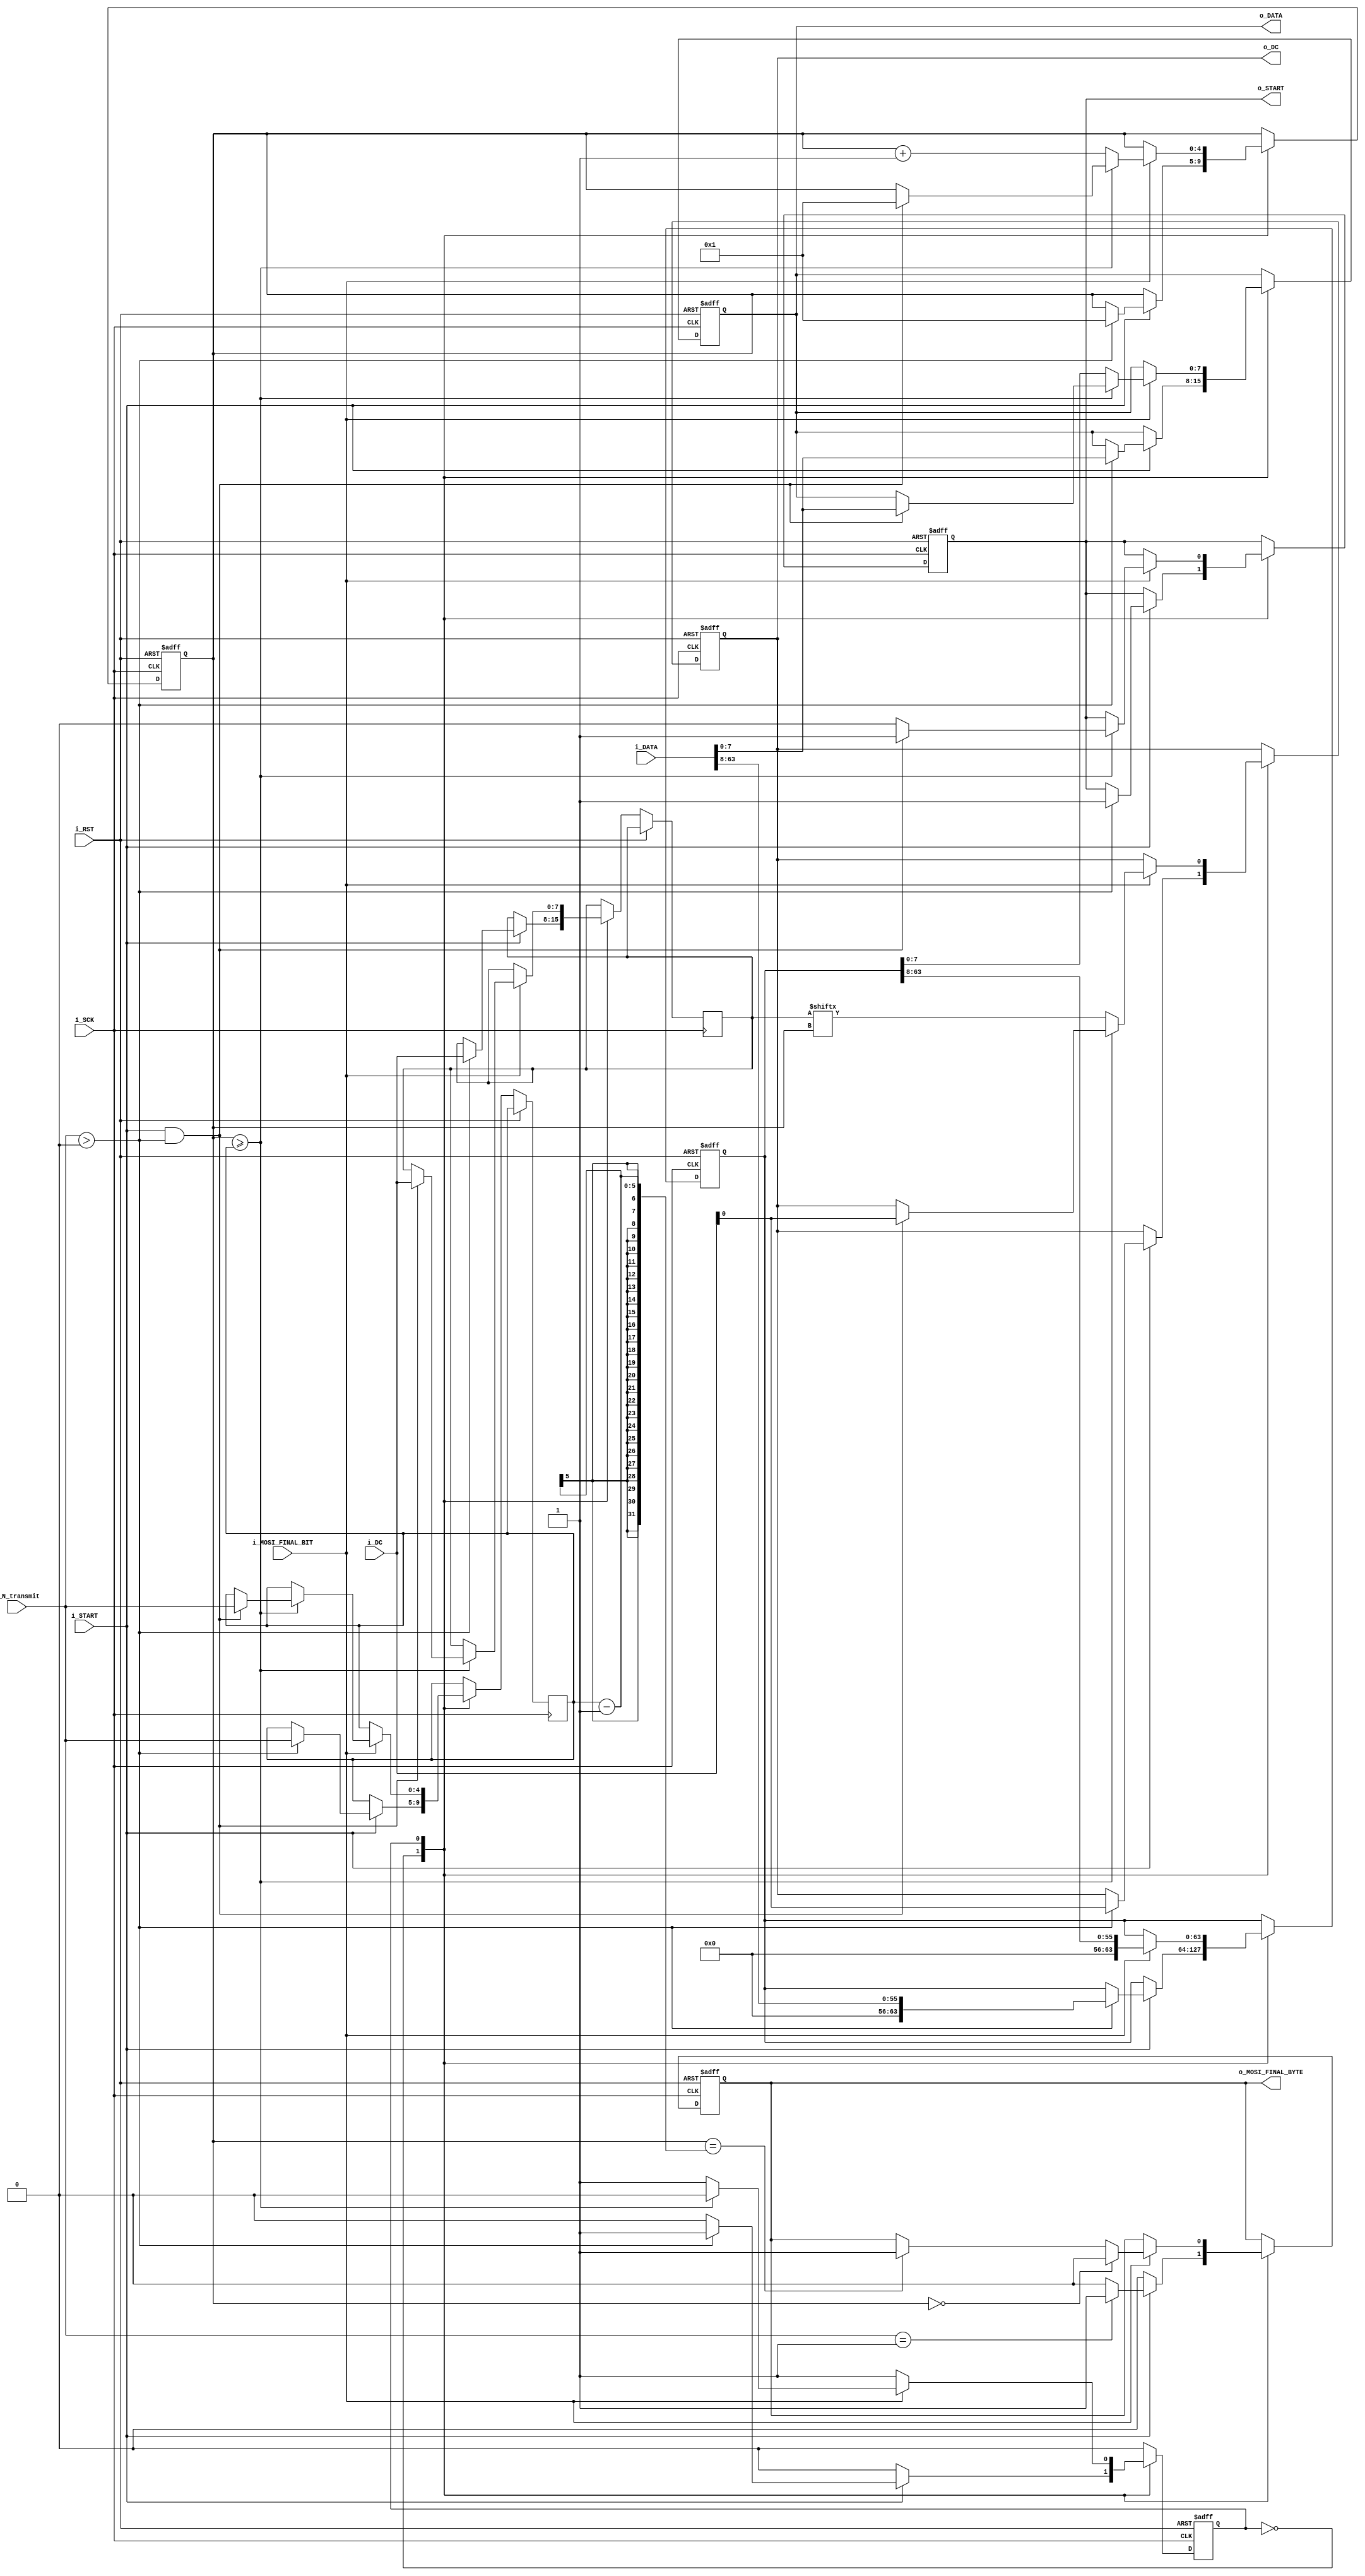
module Nbit_MOSI_SPI_Buffer (input i_SCK,
                             input i_RST,
                             input [(WIDTH*N)-1:0]i_DATA, //N sets of WIDTH bits to transfer
                             input [N-1:0] i_DC,               //DATA/COMMAND bit
                             input i_START,                    //initiate transmit on MOSI
                             input [4:0] i_N_transmit,         //# of N bytes to transmit
                             input i_MOSI_FINAL_BIT, //final bit going to be tx on bit MOSI
                             output reg [WIDTH-1:0] o_DATA,    //byte to send to SPI over MOSI
                             output reg o_START,               //When 1, send another byte over MOSI
                             output reg o_DC,                  //DATA/COMMAND bit for byte
                             output reg o_MOSI_FINAL_BYTE);      //asserted after last bit transmitted
    
    parameter WIDTH = 8; //# of serial bits to transmit over MOSI, loaded from i_DATA
    parameter N     = 8; //# of serial bits to transmit over MOSI, loaded from i_DATA
    
    localparam idle = 1'b0,
    transmit = 1'b1;
    
    reg s_state_reg;  //state register
    reg [(WIDTH*N)-1:0] s_data_reg;   //reg to store N bits to transfer over MOSI
    reg [4:0] s_N_transmit_reg; //count of how many bytes transmitted (up to 32, can increase if needed)
    reg [4:0] s_byte_reg; //count of how many bytes transmitted (up to 32, can increase if needed)
    reg [N-1:0] s_DC_reg; //
    
    reg s_MOSI_LSB; //holds LSB bit for crossover
    
    
    always @(posedge i_SCK, posedge i_RST)
        if (i_RST)
        begin
            s_state_reg     <= idle;
            s_data_reg      <= 0;
            s_byte_reg      <= 0; //may explode? how to reset properly?
            o_DATA          <= 0;
            o_START         <= 1'b0;
            o_DC            <= 1'b0;
            o_MOSI_FINAL_BYTE <= 1'b0;
        end
    
    else
    begin
    case(s_state_reg)
        idle:
        begin
            if(i_START == 1'b1)
            begin
                if (i_N_transmit == 1)
                    o_MOSI_FINAL_BYTE <= 1'b1;
                else
                    o_MOSI_FINAL_BYTE <= 1'b0;
                
                if (i_N_transmit > 0)
                begin
                    s_state_reg <= transmit;
                    
                    s_data_reg <= i_DATA >> 8; //load all bytes to internal reg
                    s_DC_reg   <= i_DC; //load all D/C commands to internal reg
                    
                    o_START <= 1'b1; //start transmitting bytes
                    o_DC    <= i_DC[0]; //first D/C control
                    o_DATA  <= i_DATA[WIDTH-1:0]; //first byte
                    
                    s_N_transmit_reg <= i_N_transmit;
                    s_byte_reg <= 1; //start at second MSB since loading up first byte

                end
            end
            else
                o_MOSI_FINAL_BYTE <= 1'b0;

        end
        transmit:
        begin            
            if (i_MOSI_FINAL_BIT == 1'b1) //if on second to last bit of byte in MOSI, update Nbit_MOSI_SP
            begin

                if (s_byte_reg == 0) //If transmitting first byte
                begin
                    o_MOSI_FINAL_BYTE <= 1'b0;
                end
                else if (s_byte_reg == s_N_transmit_reg - 1) //If transmitting last byte
                begin
                    o_MOSI_FINAL_BYTE <= 1'b1;
                end

                if(s_byte_reg >= s_N_transmit_reg) //If on last byte
                begin
                    if (i_START == 1'b1 && (i_N_transmit > 0)) //if transmitting another set of bytes, stay in state, reassign, reset counts
                    begin
                        s_state_reg <= idle;
                        
                        s_data_reg <= i_DATA; //load all bytes to internal reg
                        s_DC_reg   <= i_DC; //load all D/C commands to internal reg
                        
                        o_START <= 1'b1; //start transmitting bytes
                        o_DC    <= i_DC[0]; //first D/C control
                        o_DATA  <= i_DATA[WIDTH-1:0]; //first byte
                        s_byte_reg <= 1; //start at second MSB since loading up first byte
                        s_N_transmit_reg <= i_N_transmit;
                    end
                    else //idle if not immediately transmitting another byte
                    begin
                        s_state_reg <= idle;
                        o_START <= 1'b0; //stop transmitting byte
                    end
                end
                else //if not last byte, load next one
                begin
                    o_DATA          <= s_data_reg[WIDTH-1:0]; //load next byte
                    o_DC            <= s_DC_reg[s_byte_reg];
                    s_byte_reg      <= s_byte_reg + 1; //increment byte address
                end
                
                s_data_reg <= s_data_reg >> 8; //Shift right 8 bits, so next byte can be loaded
            end

        end
    endcase
    
    end
    
endmodule